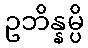
ဥဘိန္နမ္ပိ